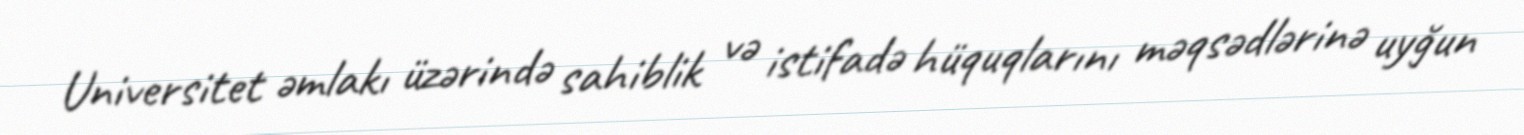
Universitet əmlakı üzərində sahiblik və istifadə hüquqlarını məqsədlərinə uyğun